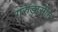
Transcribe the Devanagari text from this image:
गरुड़ासीन